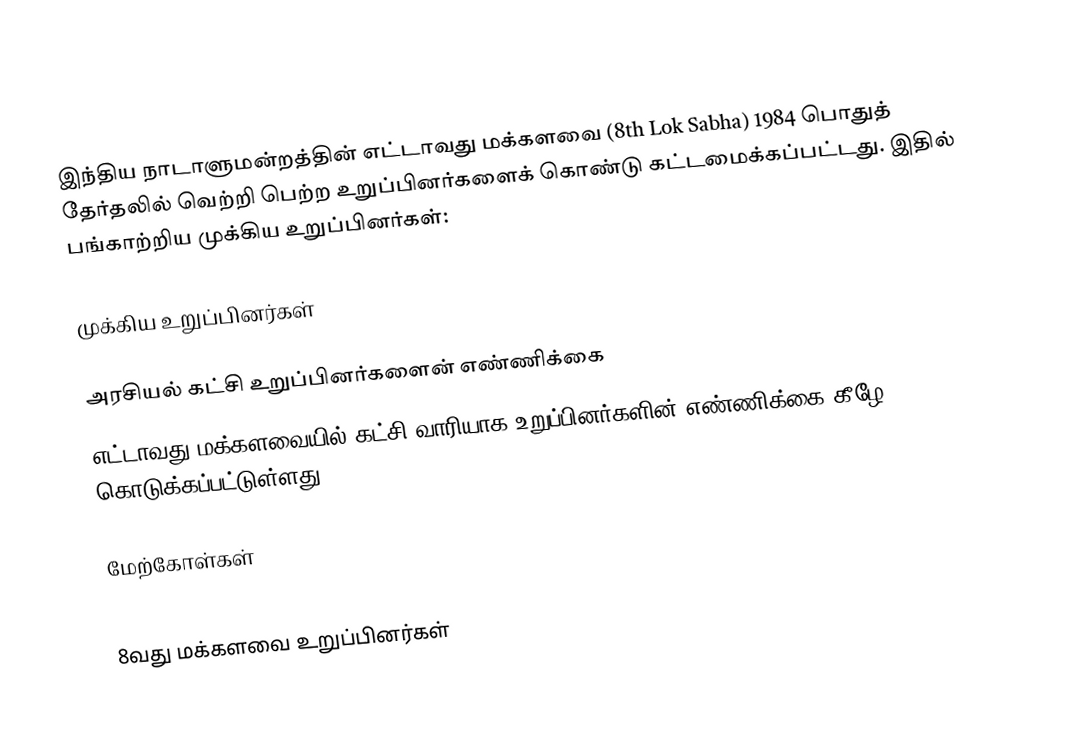
இந்திய நாடாளுமன்றத்தின் எட்டாவது மக்களவை (8th Lok Sabha) 1984 பொதுத் தேர்தலில் வெற்றி பெற்ற உறுப்பினர்களைக் கொண்டு கட்டமைக்கப்பட்டது. இதில் பங்காற்றிய முக்கிய உறுப்பினர்கள்:

முக்கிய உறுப்பினர்கள்

அரசியல் கட்சி உறுப்பினர்களைன் எண்ணிக்கை
எட்டாவது மக்களவையில் கட்சி வாரியாக உறுப்பினர்களின் எண்ணிக்கை கீழே கொடுக்கப்பட்டுள்ளது.

மேற்கோள்கள்

8வது மக்களவை உறுப்பினர்கள்